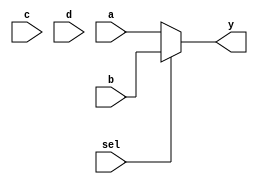
`timescale 1ns / 1ps
//////////////////////////////////////////////////////////////////////////////////
// Company: 
// Engineer: 
// 
// Design Name: 
// Module Name: alwaysBlock
// Project Name: 
// Target Devices: 
// Tool Versions: 
// Description: 
// 
// Dependencies: 
// 
// Revision:
// Revision 0.01 - File Created
// Additional Comments:
// 
//////////////////////////////////////////////////////////////////////////////////


module alwaysBlock(
    input a,b,c,d,sel,
    output reg y
    );
    always @ (a or b or c or d or sel)
    begin
        y = 0;
        if(sel == 2'b00) begin
            y=a; 
        end else if(sel == 2'b01) begin
            y=b;
        end else if(sel== 2'b10) begin
            y=c;
        end else begin
             y=d;
        end 
    end
endmodule